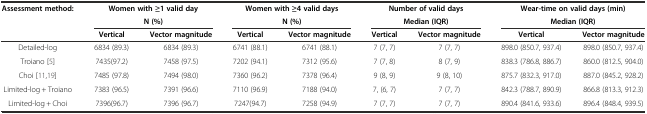
<table><thead><tr><td><b>Assessment method:</b></td><td colspan="2"><b>Women with ≥1 valid day</b></td><td colspan="2"><b>Women with ≥4 valid days</b></td><td colspan="2"><b>Number of valid days</b></td><td colspan="2"><b>Wear-time on valid days (min)</b></td></tr><tr><td></td><td colspan="2"><b>N (%)</b></td><td colspan="2"><b>N (%)</b></td><td colspan="2"><b>Median (IQR)</b></td><td colspan="2"><b>Median (IQR)</b></td></tr><tr><td></td><td><b>Vertical</b></td><td><b>Vector magnitude</b></td><td><b>Vertical</b></td><td><b>Vector magnitude</b></td><td><b>Vertical</b></td><td><b>Vector magnitude</b></td><td><b>Vertical</b></td><td><b>Vector magnitude</b></td></tr></thead><tbody><tr><td>Detailed-log</td><td>6834 (89.3)</td><td>6834 (89.3)</td><td>6741 (88.1)</td><td>6741 (88.1)</td><td>7 (7, 7)</td><td>7 (7, 7)</td><td>898.0 (850.7, 937.4)</td><td>898.0 (850.7, 937.4)</td></tr><tr><td>Troiano[5]</td><td>7435(97.2)</td><td>7458 (97.5)</td><td>7202 (94.1)</td><td>7312 (95.6)</td><td>7 (7, 8)</td><td>8 (7, 9)</td><td>838.3 (786.8, 886.7)</td><td>860.0 (812.5, 904.0)</td></tr><tr><td>Choi[11, 19]</td><td>7485 (97.8)</td><td>7494 (98.0)</td><td>7360 (96.2)</td><td>7378 (96.4)</td><td>9 (8, 9)</td><td>9 (8, 10)</td><td>875.7 (832.3, 917.0)</td><td>887.0 (845.2, 928.2)</td></tr><tr><td>Limited-log + Troiano</td><td>7383 (96.5)</td><td>7391 (96.6)</td><td>7110 (96.9)</td><td>7188 (94.0)</td><td>7, (6, 7)</td><td>7 (7, 7)</td><td>842.3 (788.7, 890.9)</td><td>866.8 (813.3, 912.3)</td></tr><tr><td>Limited-log + Choi</td><td>7396(96.7)</td><td>7396 (96.7)</td><td>7247(94.7)</td><td>7258 (94.9)</td><td>7 (7, 7)</td><td>7 (7, 7)</td><td>890.4 (841.6, 933.6)</td><td>896.4 (848.4, 939.5)</td></tr></tbody></table>